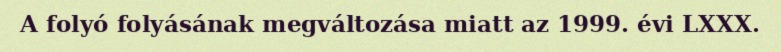
A folyó folyásának megváltozása miatt az 1999. évi LXXX.